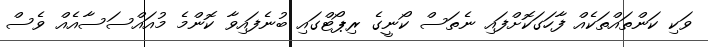
ވަކި ކަންތައްތަކެއް ފާހަގަކޮށްފައި ނެތަސް ކޯނީގެ ރިޕޯޓްގައި ބުނެފައިވާ ކޮންމެ މުއައްސަސާއެއް ވެސް